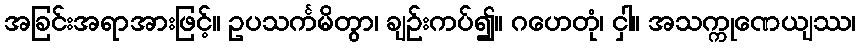
အခြင်းအရာအားဖြင့်။ ဥပသင်္ကမိတွာ၊ ချဉ်းကပ်၍။ ဂဟေတုံ၊ ငှါ။ အသက္ကုဏေယျဿ၊